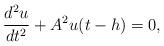
LaTeX: \begin{align*}\frac{{{d^2}u}}{{d{t^2}}} + {A^2}u(t - h) = 0,\end{align*}